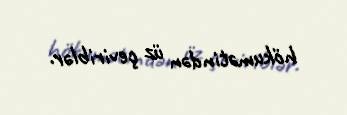
hökumətindən üz çeviriblər.